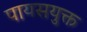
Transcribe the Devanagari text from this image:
पायसयुक्त